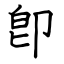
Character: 卽